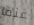
عنما